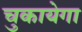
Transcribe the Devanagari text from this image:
चुकायेगा